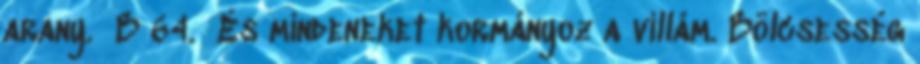
arany. B 64. És mindeneket kormányoz a villám. Bölcsesség